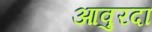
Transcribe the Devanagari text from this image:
आवुरदा